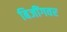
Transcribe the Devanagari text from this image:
बिजींगवर